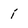
Character: j